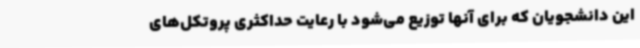
این دانشجویان که برای آنها توزیع می‌شود با رعایت حداکثری پروتکل‌های